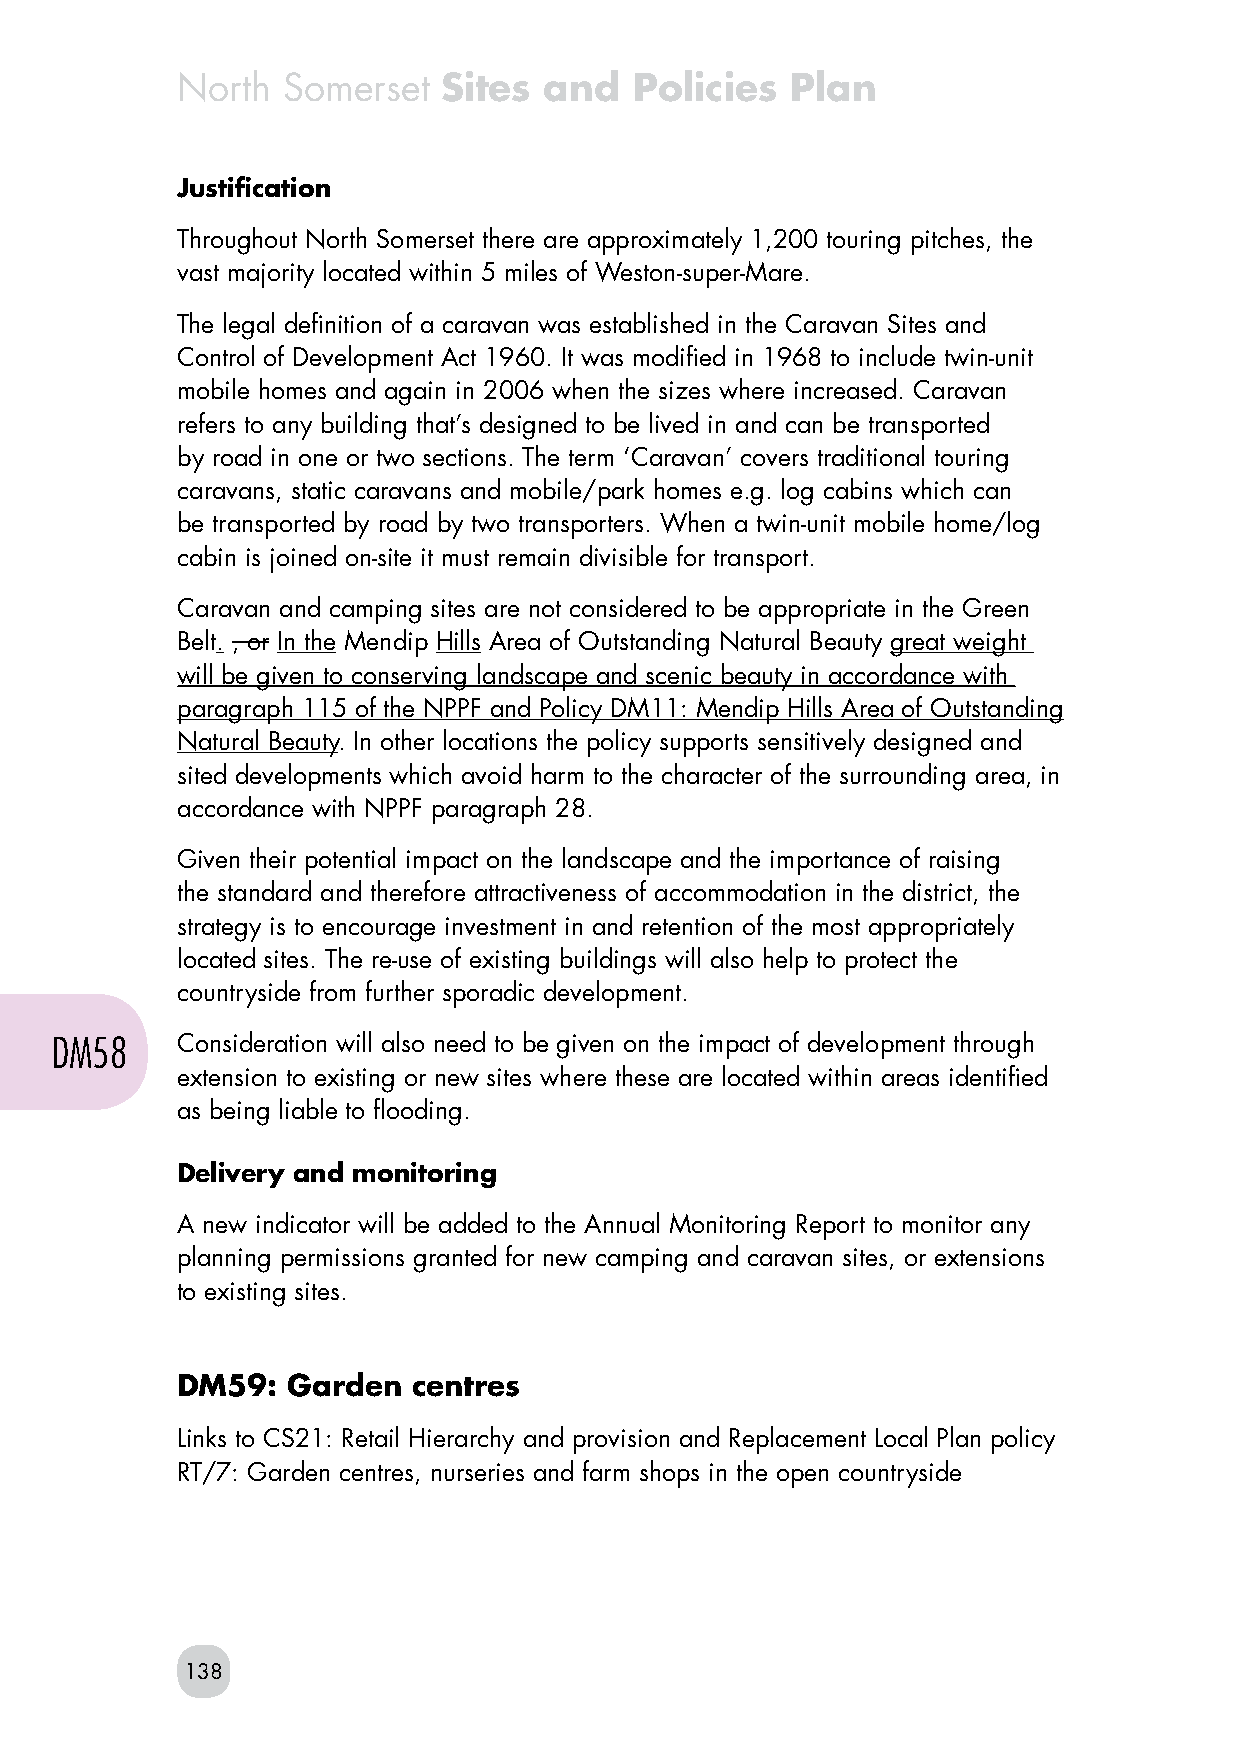
North  Somerset  Sites  and   Policies  Plan
 Justification
 Throughout North Somerset there are approximately 1,200 touring pitches, the
 vast majority located within 5 miles of Weston-super-Mare.
 The legal definition of a caravan was established in the Caravan Sites and
 Control of Development Act 1960. It was modified in 1968 to include twin-unit
 mobile homes and again in 2006 when the sizes where increased. Caravan
 refers to any building that’s designed to be lived in and can be transported
 by road in one or two sections. The term ‘Caravan’ covers traditional touring
 caravans, static caravans and mobile/park homes e.g. log cabins which can
 be transported by road by two transporters. When a twin-unit mobile home/log
 cabin is joined on-site it must remain divisible for transport.
 Caravan and camping sites are not considered to be appropriate in the Green
 Belt. , or In the Mendip Hills Area of Outstanding Natural Beauty great weight
 will be given to conserving landscape and scenic beauty in accordance with
 paragraph 115 of the NPPF and Policy DM11: Mendip Hills Area of Outstanding
 Natural Beauty. In other locations the policy supports sensitively designed and
 sited developments which avoid harm to the character of the surrounding area, in
 accordance with NPPF paragraph 28.
 Given their potential impact on the landscape and the importance of raising
 the standard and therefore attractiveness of accommodation in the district, the
 strategy is to encourage investment in and retention of the most appropriately
 located sites. The re-use of existing buildings will also help to protect the
 countryside from further sporadic development.
 DM58     Consideration will also need to be given on the impact of development through
 extension to existing or new sites where these are located within areas identified
 as being liable to flooding.
 Delivery and monitoring
 A new indicator will be added to the Annual Monitoring Report to monitor any
 planning permissions granted for new camping and caravan sites, or extensions
 to existing sites.
 DM59:  Garden  centres
 Links to CS21: Retail Hierarchy and provision and Replacement Local Plan policy
 RT/7: Garden centres, nurseries and farm shops in the open countryside
 138